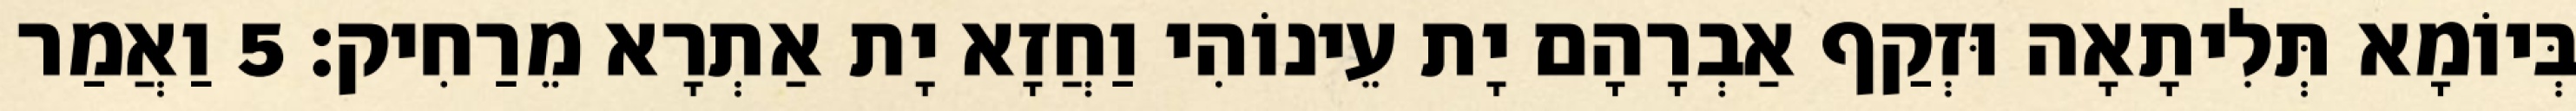
בְּיוֹמָא תְּלִיתָאָה וּזְקַף אַבְרָהָם יָת עֵינוֹהִי וַחֲזָא יָת אַתְרָא מֵרַחִיק׃ 5 וַאֲמַר